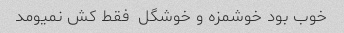
خوب بود خوشمزه و خوشگل  فقط کش نمیومد